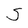
Character: S